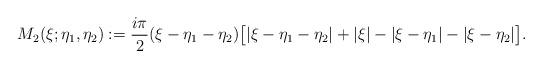
LaTeX: \begin{align*}M_{2}(\xi;\eta_{1},\eta_2):= \frac{i\pi}{2} (\xi-\eta_1-\eta_{2}) \big[|\xi-\eta_1-\eta_2|+|\xi|-|\xi-\eta_1|-|\xi-\eta_2|\big].\end{align*}